Alatskivi_vallavalitsus_et, lk 83
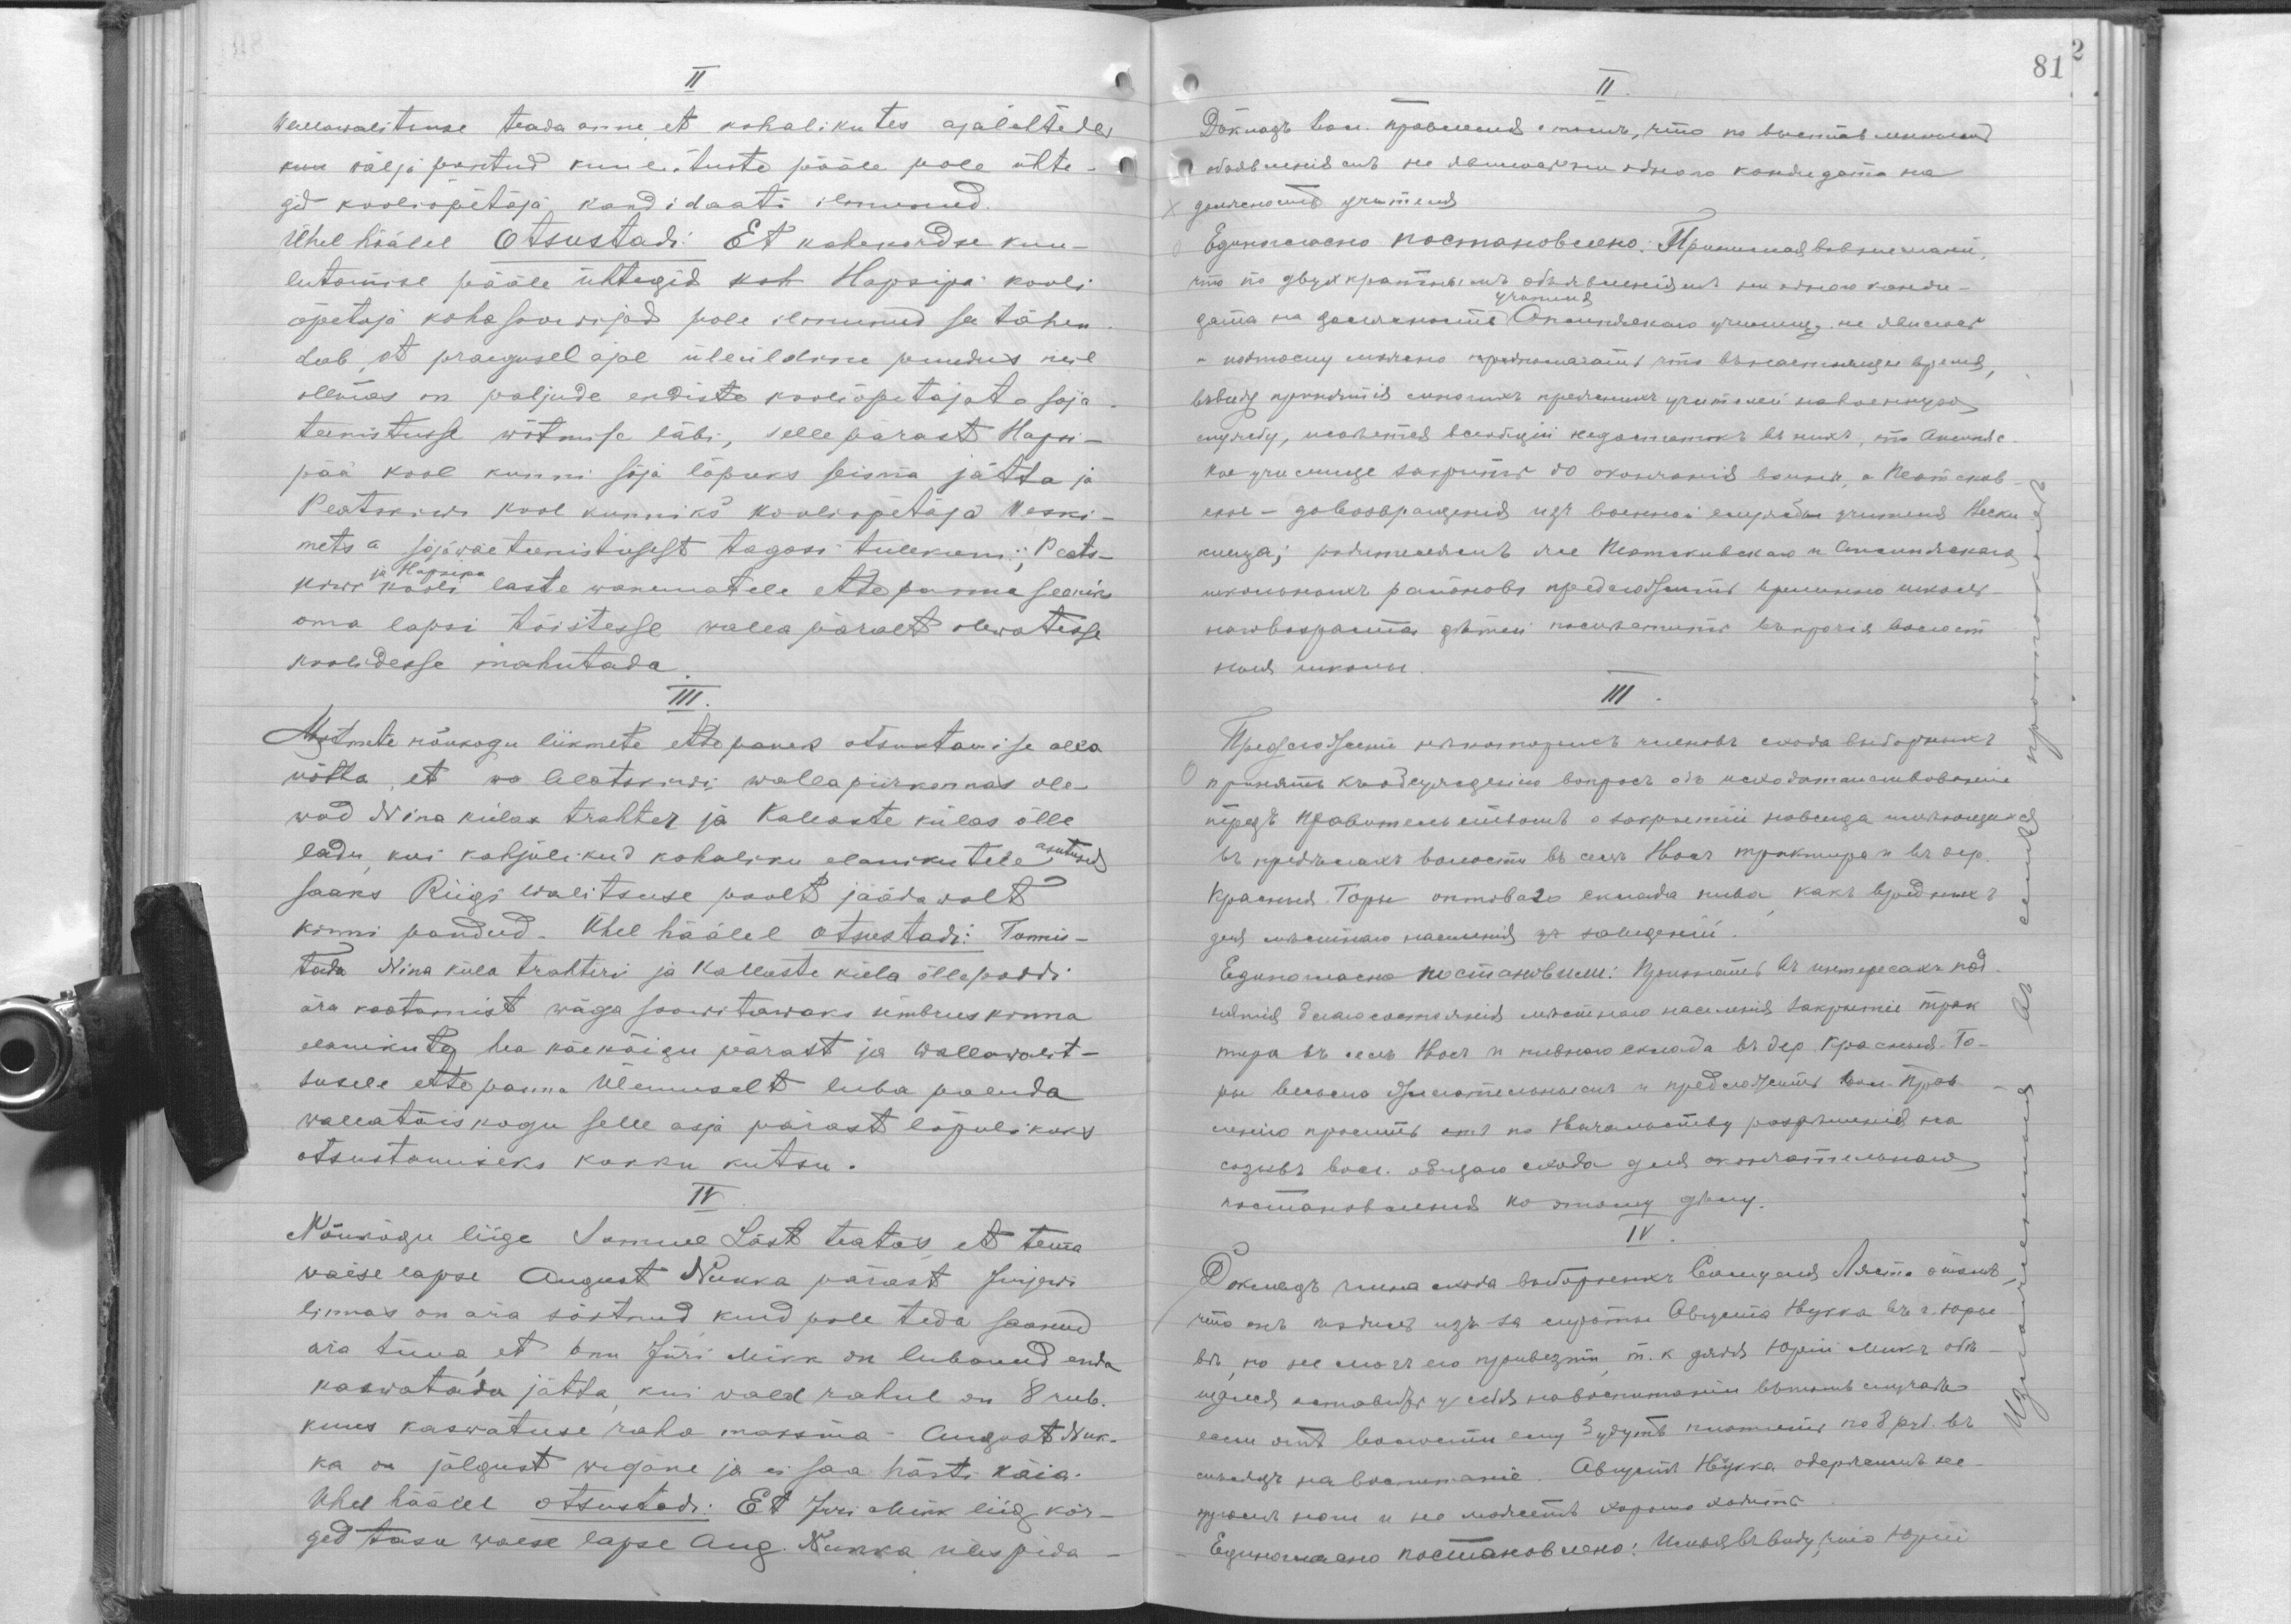
II
Wallawalitsuse teada anne, et kohalikutes ajalehtedes
kuu wälja pantud kuulutuste pääle pole ühte-
gid kooliõpetaja kandidaati ilmunud.
Ühel häälel Otsustadi: Et kahekordse kuu-
lutamise pääle ühtegid koh Hapsipa kooli
õpetaja koha soovijad pole ilmunud see tähen
dab, et praegusel ajal üleüldine puudus neil
olemas on paljude endiste kooliõpetajate soja-
teenistusse wõtmise läbi, sellepärast Hapsi-
pää kool kunni sõja lõpuks seisma jätta ja
Peatskiwi kool kunniks kooliõpetaja Weski-
metsa sõjawäe teenistusest tagasi tulekuni, Peats-
ja Hapsipa
kiwi kooli laste wanematele ettepanna seniks
oma lapsi tõistesse walla päralt olewatesse
koolidesse mahutada.
III
Mitmete nõukogu liikmete ettepanek otsustamise alla
wõtta, et wo Alatskiwi wallapiirkonnas ole-
wad Nina külas trahter ja Kallaste külas õlle
ladu, kui kahjulikud kohaliku elanikutele asutused
saaks Riigi Walitsuse poolt jäädavalt
kinni pandud. Ühel häälel otsustadi: Tunnis-
tada Nina küla trahteri ja Kallaste küla õllepoodi
ära kaotamist wäga soowistawaks ümbruskonna
elanikute hea käekäigu pärast ja wallawalit-
susele ettepanna Ülemuselt luba paluda
wallatäiskogu selle asja pärast lõpulikuks
otsustamiseks kokku kutsu.
IV
Nõukogu liige Samuel Läst teatas, et tema
waese lapse August Nukka pärast Jurjewi
linnas on ära sõitnud, kuid pole teda saanud
ära tuua, et onu Jüri Mikk on lubanud enda
kaswatada jätta, kui wald rahul on 8 rub.
kuus kaswatuse raha maksma - August Nuk-
ka on jalgust wigane ja ei saa hästi käia.
Ühel häälel otsustadi: Et Jüri Mikk liig kõr-
ged tasu waese lapse Aug. nukka ülespida-